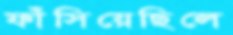
ফাঁসিয়েছিলে